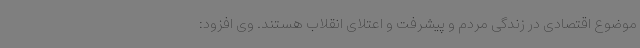
موضوع اقتصادی در زندگی مردم و پیشرفت و اعتلای انقلاب هستند. وی افزود: